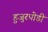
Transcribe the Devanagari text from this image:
हुजुरपोडी